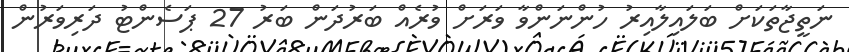
ނަތީޖާތަކަށް ބަލައިލާއިރު ހުންނަންވާ ވަރަށް ވުރެއް ބަރުދަން ބަރު 27 ޕަސެންޓު ދަރިވަރުން